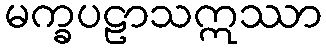
မက္ခပဠာသဣဿာ